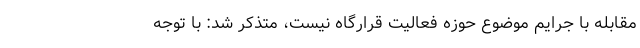
مقابله با جرایم موضوع حوزه‌ فعالیت قرارگاه نیست، متذکر شد: با توجه